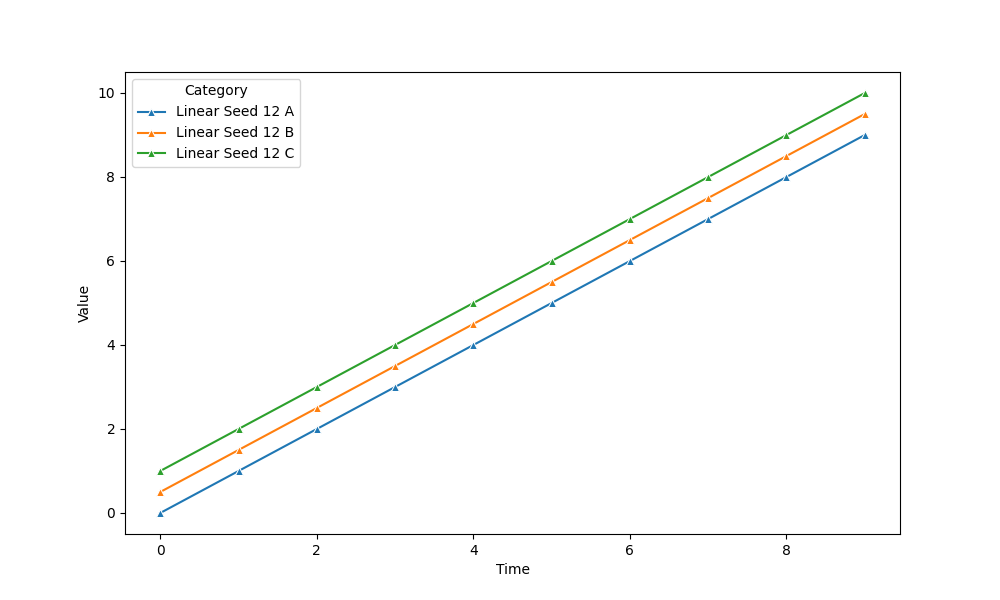
python, seaborn, lineplot, style='solid', marker='^'